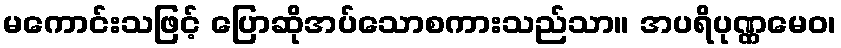
မကောင်းသဖြင့် ပြောဆိုအပ်သောစကားသည်သာ။ အပရိပုဏ္ဏမေဝ၊